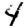
Digit: 4